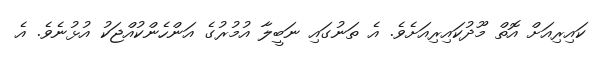
ކައިރިއަށް އޮތް މޫދުކައިރިއަށެވެ. އެ ތަނުގައި ނަބީލާ އުމުރުގެ އަންހެންކުއްޖަކު އުޅުނެވެ. އެ